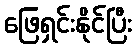
ဖြေရှင်းနိုင်ပြီး